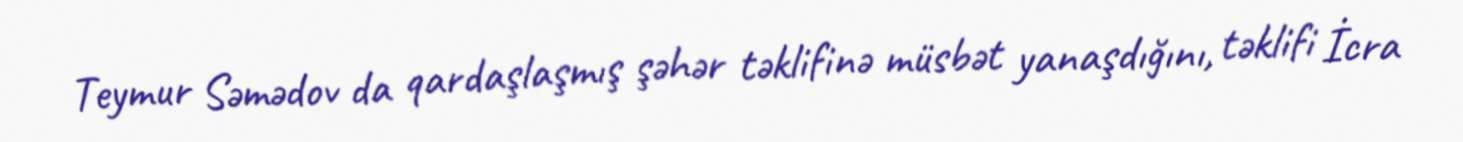
Teymur Səmədov da qardaşlaşmış şəhər təklifinə müsbət yanaşdığını, təklifi İcra